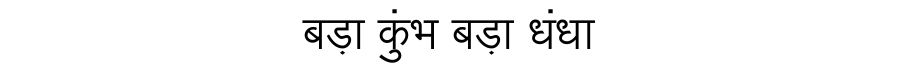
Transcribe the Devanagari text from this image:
बड़ा कुंभ बड़ा धंधा